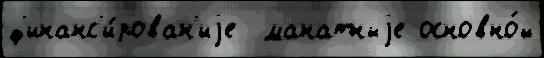
ф'инанс'и́рован'иjе  манатныjе основно́й